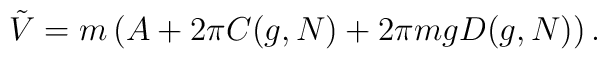
{\tilde{V}}=m\left( A+2\pi C(g,N)+2\pi mgD(g,N)\right) .